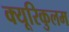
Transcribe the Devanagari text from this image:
क्यूरिकुलम